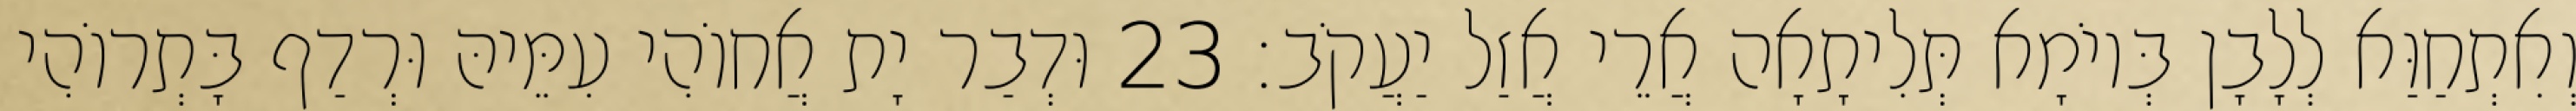
וְאִתְחַוַּא לְלָבָן בְּיוֹמָא תְּלִיתָאָה אֲרֵי אֲזַל יַעֲקֹב׃ 23 וּדְבַר יָת אֲחוֹהִי עִמֵּיהּ וּרְדַף בָּתְרוֹהִי